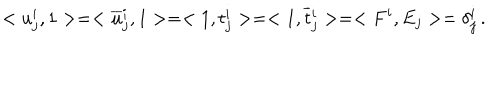
LaTeX: < u _ { j } ^ { i } , 1 > = < \overline { { { u } } } { } _ { j } ^ { i } , 1 > = < 1 , t _ { j } ^ { i } > = < 1 , \overline { { { t } } } { } _ { j } ^ { i } > = < F ^ { i } , E _ { j } > = \delta _ { j } ^ { i } \, .